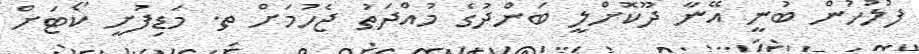
ފުލުހުން ބުނީ އޭނާ ދޫކޮށްލީ ބަންދުގެ މުއްދަތު ޖެހުމަށް ތ. މަޑިފުށީ ކޯޓަށް